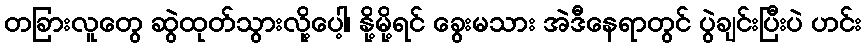
တခြားလူတွေ ဆွဲထုတ်သွားလို့ပေါ့၊ နို့မို့ရင် ခွေးမသား အဲဒီနေရာတွင် ပွဲချင်းပြီးပဲ ဟင်း